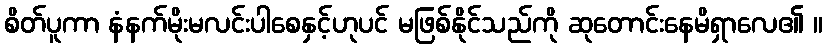
စိတ်ပူကာ နံနက်မိုးမလင်းပါစေနှင့်ဟုပင် မဖြစ်နိုင်သည်ကို ဆုတောင်းနေမိရှာလေ၏ ။